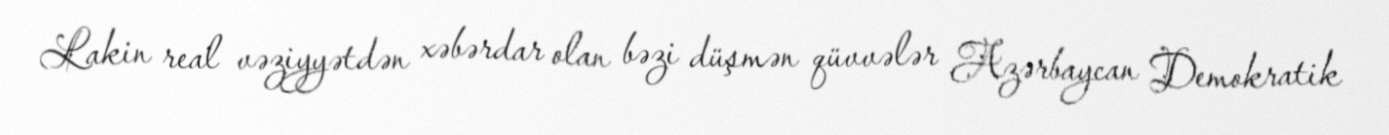
Lakin real vəziyyətdən xəbərdar olan bəzi düşmən qüvvələr Azərbaycan Demokratik